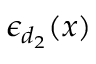
\epsilon _ { d _ { 2 } } ( x )